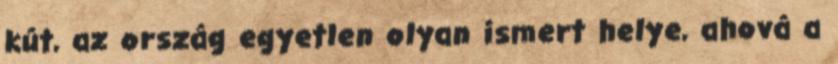
kút, az ország egyetlen olyan ismert helye, ahová a